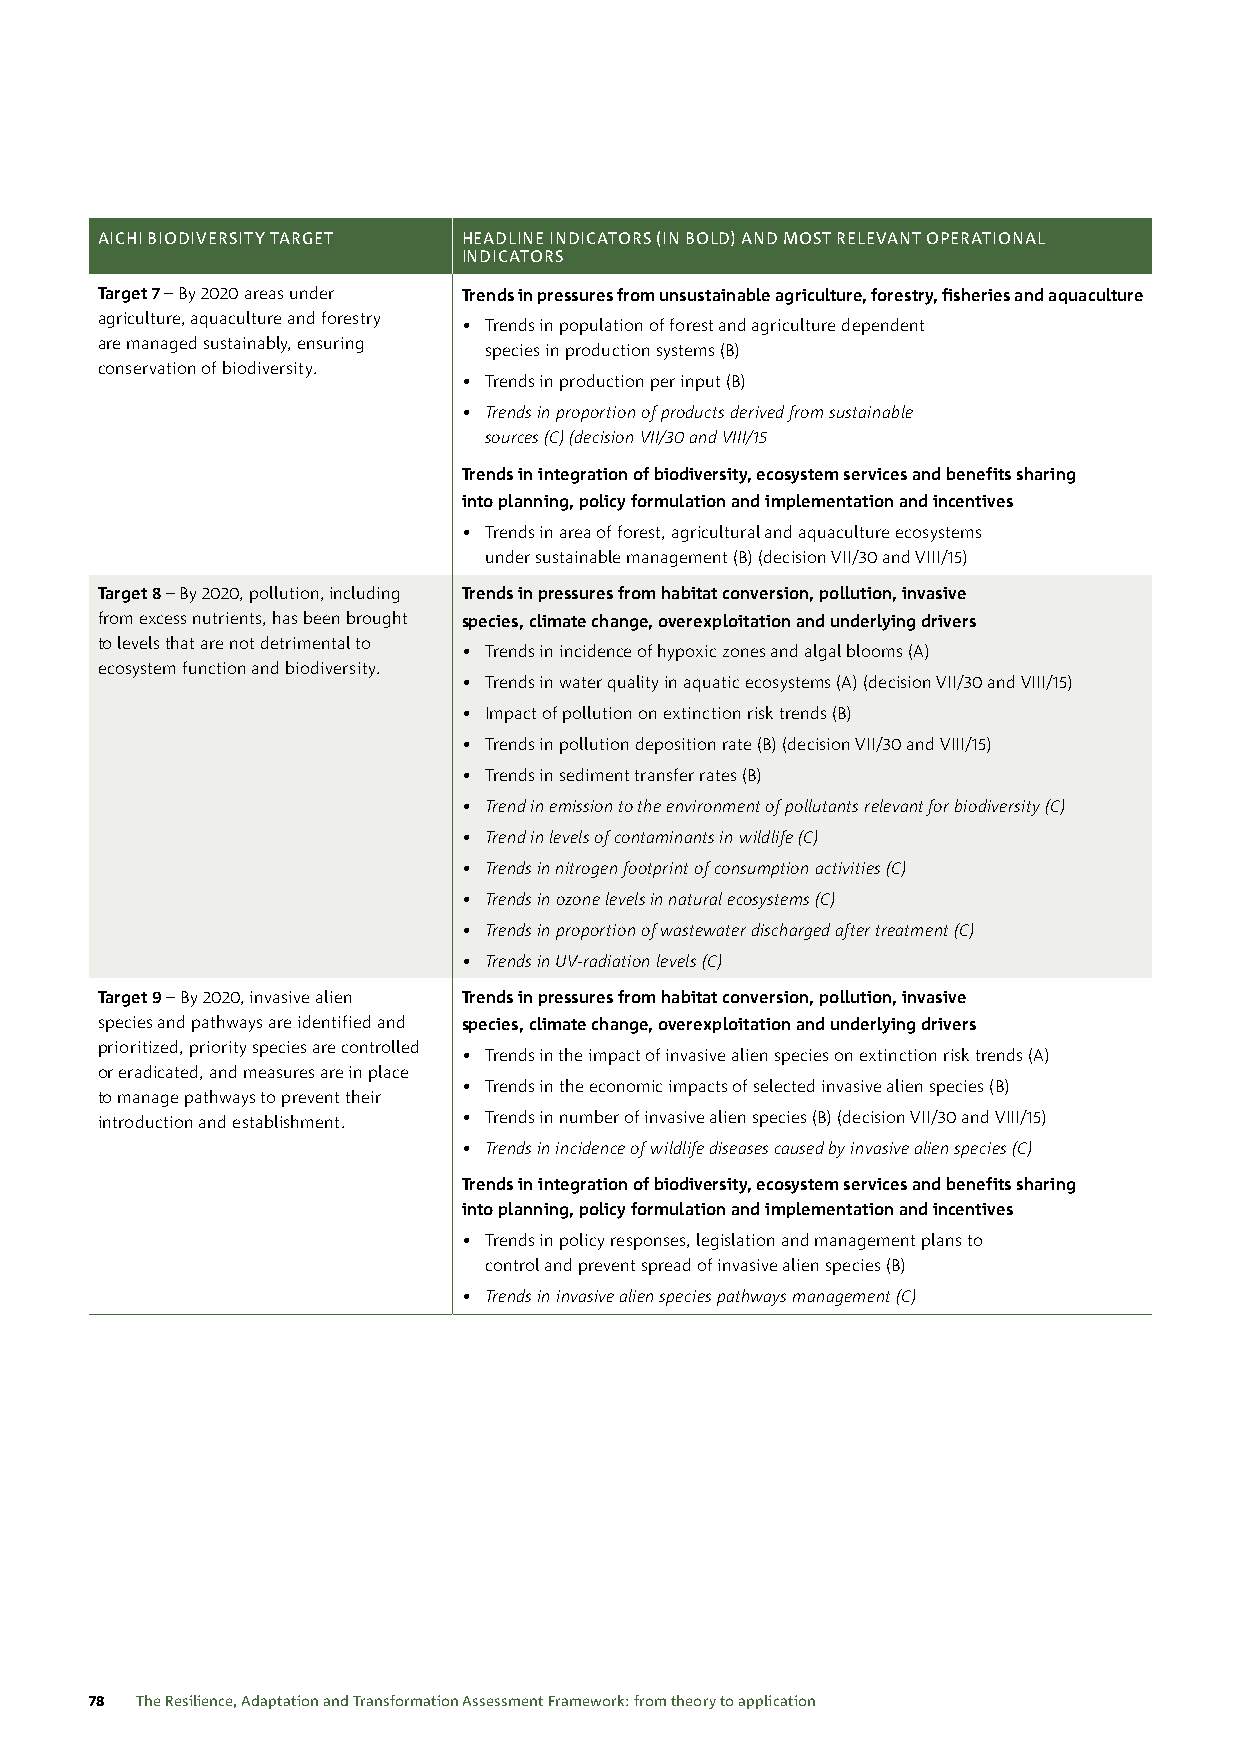
AICHI BIODIVERSITY TARGET HEADLINE INDICATORS (IN BOLD) AND MOST RELEVANT OPERATIONAL
 INDICATORS
 Target 7 – By 2020 areas under Trends in pressures from unsustainable agriculture, forestry, fisheries and aquaculture
 agriculture, aquaculture and forestry
 • Trends in population of forest and agriculture dependent
 are managed sustainably, ensuring
 species in production systems (B)
 conservation of biodiversity.
 • Trends in production per input (B)
 • Trends in proportion of products derived from sustainable
 sources (C) (decision VII/30 and VIII/15
 Trends in integration of biodiversity, ecosystem services and benefits sharing
 into planning, policy formulation and implementation and incentives
 • Trends in area of forest, agricultural and aquaculture ecosystems
 under sustainable management (B) (decision VII/30 and VIII/15)
 Target 8 – By 2020, pollution, including Trends in pressures from habitat conversion, pollution, invasive
 from excess nutrients, has been brought species, climate change, overexploitation and underlying drivers
 to levels that are not detrimental to
 • Trends in incidence of hypoxic zones and algal blooms (A)
 ecosystem function and biodiversity.
 • Trends in water quality in aquatic ecosystems (A) (decision VII/30 and VIII/15)
 • Impact of pollution on extinction risk trends (B)
 • Trends in pollution deposition rate (B) (decision VII/30 and VIII/15)
 • Trends in sediment transfer rates (B)
 • Trend in emission to the environment of pollutants relevant for biodiversity (C)
 • Trend in levels of contaminants in wildlife (C)
 • Trends in nitrogen footprint of consumption activities (C)
 • Trends in ozone levels in natural ecosystems (C)
 • Trends in proportion of wastewater discharged after treatment (C)
 • Trends in UV-radiation levels (C)
 Target 9 – By 2020, invasive alien Trends in pressures from habitat conversion, pollution, invasive
 species and pathways are identified and species, climate change, overexploitation and underlying drivers
 prioritized, priority species are controlled
 • Trends in the impact of invasive alien species on extinction risk trends (A)
 or eradicated, and measures are in place
 • Trends in the economic impacts of selected invasive alien species (B)
 to manage pathways to prevent their
 introduction and establishment. • Trends in number of invasive alien species (B) (decision VII/30 and VIII/15)
 • Trends in incidence of wildlife diseases caused by invasive alien species (C)
 Trends in integration of biodiversity, ecosystem services and benefits sharing
 into planning, policy formulation and implementation and incentives
 • Trends in policy responses, legislation and management plans to
 control and prevent spread of invasive alien species (B)
 • Trends in invasive alien species pathways management (C)
 78 The Resilience, Adaptation and Transformation Assessment Framework: from theory to application